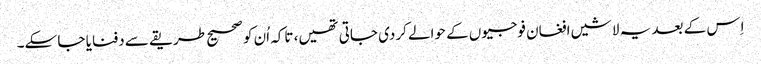
اِس کے بعد یہ لاشیں افغان فوجیوں کے حوالے کردی جاتی تھیں، تاکہ اُن کو صحیح طریقے سے دفنایا جا سکے۔